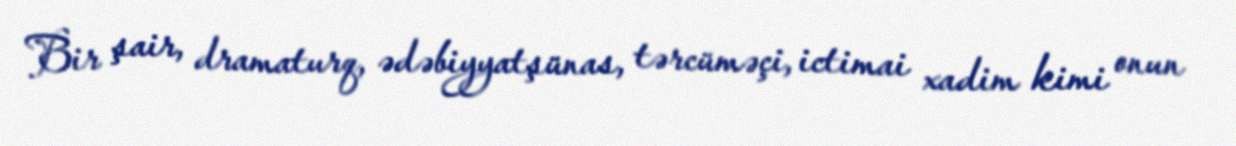
Bir şair, dramaturq, ədəbiyyatşünas, tərcüməçi, ictimai xadim kimi onun